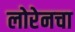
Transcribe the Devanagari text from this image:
लोरेनचा